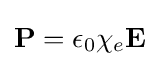
\mathbf {P} =\epsilon _{0}\chi _{e}\mathbf {E}